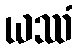
ယဿံ